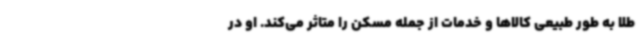
طلا به طور طبیعی کالاها و خدمات از جمله مسکن را متاثر می‌کند. او در